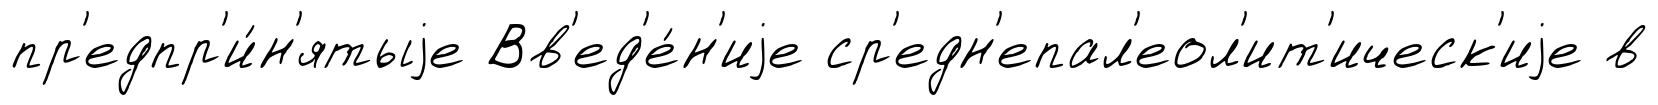
пр'едпр'и́н'ятыjе Вв'ед'е́н'иjе ср'едн'епал'еол'ит'ическ'иjе в